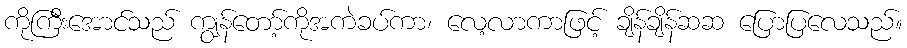
ကိုကြီးအောင်သည် ကျွန်တော့်ကိုအကဲခပ်ကာ၊ လေ့လာကာဖြင့် ချိန်ချိန်ဆဆ ပြောပြလေသည်။